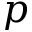
p